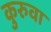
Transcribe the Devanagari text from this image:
कुरुवा